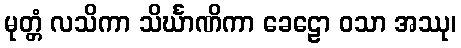
မုတ္တံ လသိကာ သိင်္ဃာဏိကာ ခေဠော ဝသာ အဿု၊